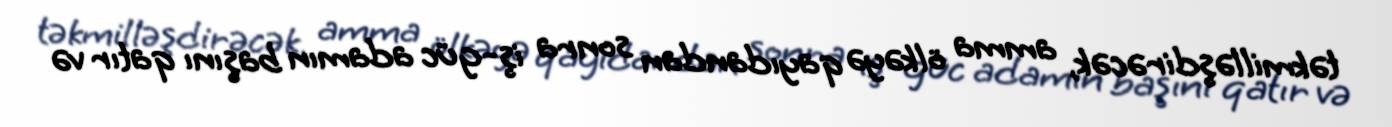
təkmilləşdirəcək, amma ölkəyə qayıdandan sonra iş-güc adamın başını qatır və